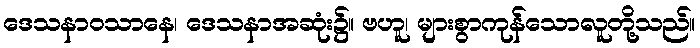
ဒေသနာဝသာနေ၊ ဒေသနာအဆုံး၌။ ဗဟူ၊ များစွာကုန်သောလူတို့သည်။